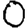
Digit: 0